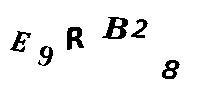
E9RB28